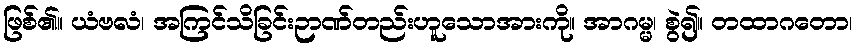
ဖြစ်၏။ ယံဗလံ၊ အကြင်သိခြင်းဉာဏ်တည်းဟူသောအားကို။ အာဂမ္မ၊ စွဲ၍။ တထာဂတော၊